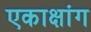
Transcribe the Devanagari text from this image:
एकाक्षांग